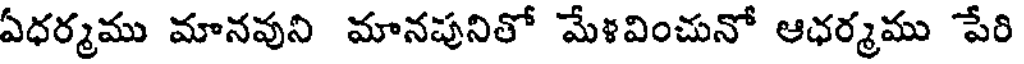
ఏధర్మము మానవుని మానపునితో మేళవించునో ఆధర్మము పేరి